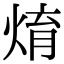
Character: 焴